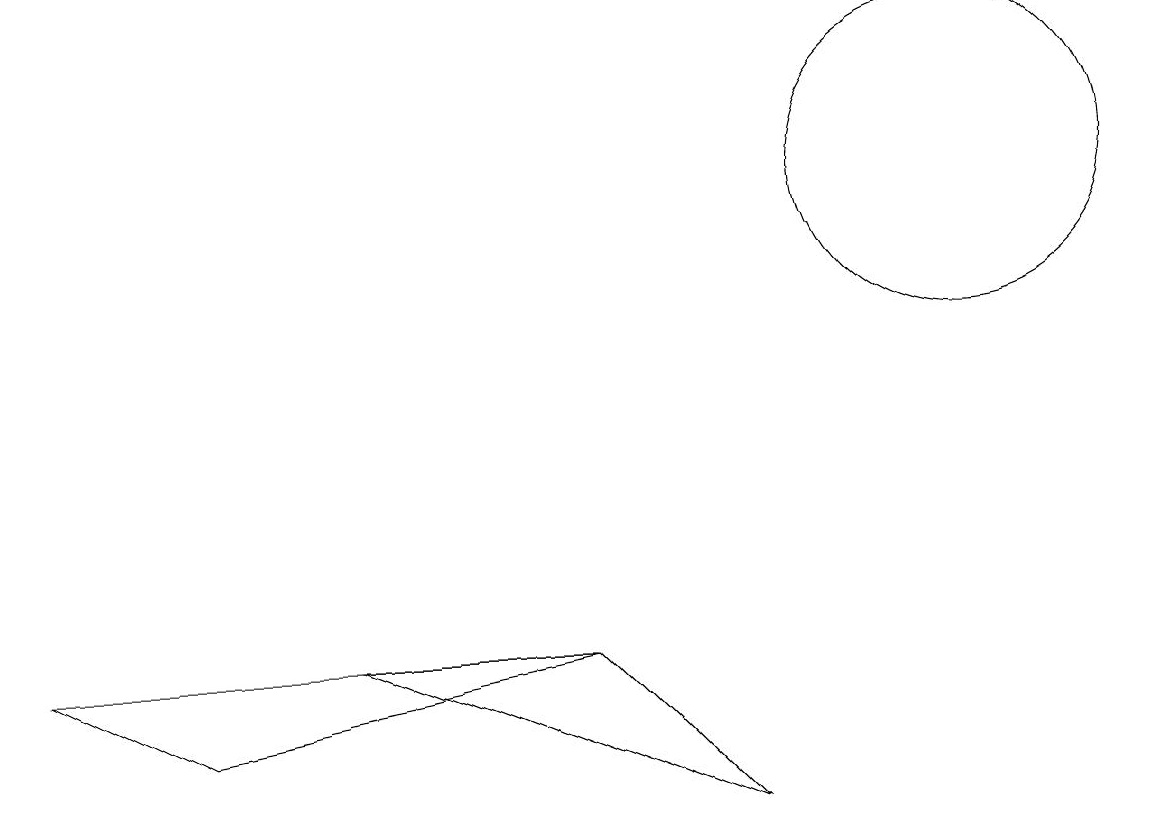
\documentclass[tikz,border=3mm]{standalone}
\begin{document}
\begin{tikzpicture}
\draw (7,6) -- (4,6) -- (9,4) -- cycle;
\draw (7,6) -- (2,5) -- (0,6) -- cycle;
\draw (12,12) circle (2);
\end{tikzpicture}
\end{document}